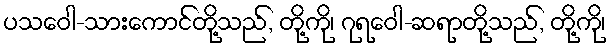
ပသဝေါ-သားကောင်တို့သည်, တို့ကို၊ ဂုရဝေါ-ဆရာတို့သည်, တို့ကို၊